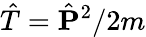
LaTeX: \hat{T}=\hat{\mathbf{P}}^{2}/2m